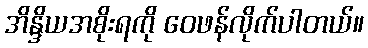
အိန္ဒိယအစိုးရကို ဝေဖန်လိုက်ပါတယ်။